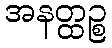
အနတ္ထဉ္စ